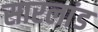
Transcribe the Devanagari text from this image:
सारलांड